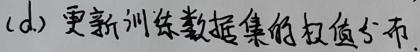
(d.) 更新训练数据集的权值分布.